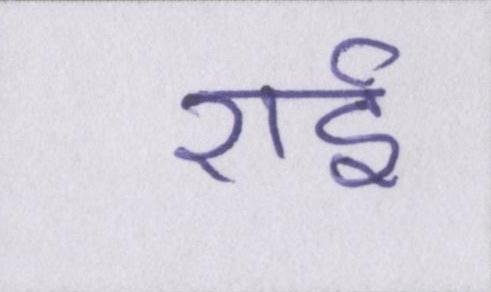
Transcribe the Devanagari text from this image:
राई